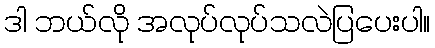
ဒါ ဘယ်လို အလုပ်လုပ်သလဲပြပေးပါ။